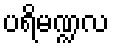
ပရိမဏ္ဍလ